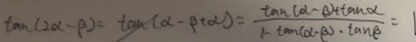
\tan ( 2 \alpha - \beta ) = \tan ( \alpha - \beta + \alpha ) = \frac { \tan \alpha - \beta ) + \tan \alpha } { 1 - \tan ( \alpha - \beta ) \cdot \tan \beta } = 1